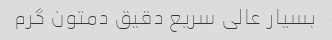
بسیار عالی سریع دقیق دمتون گرم